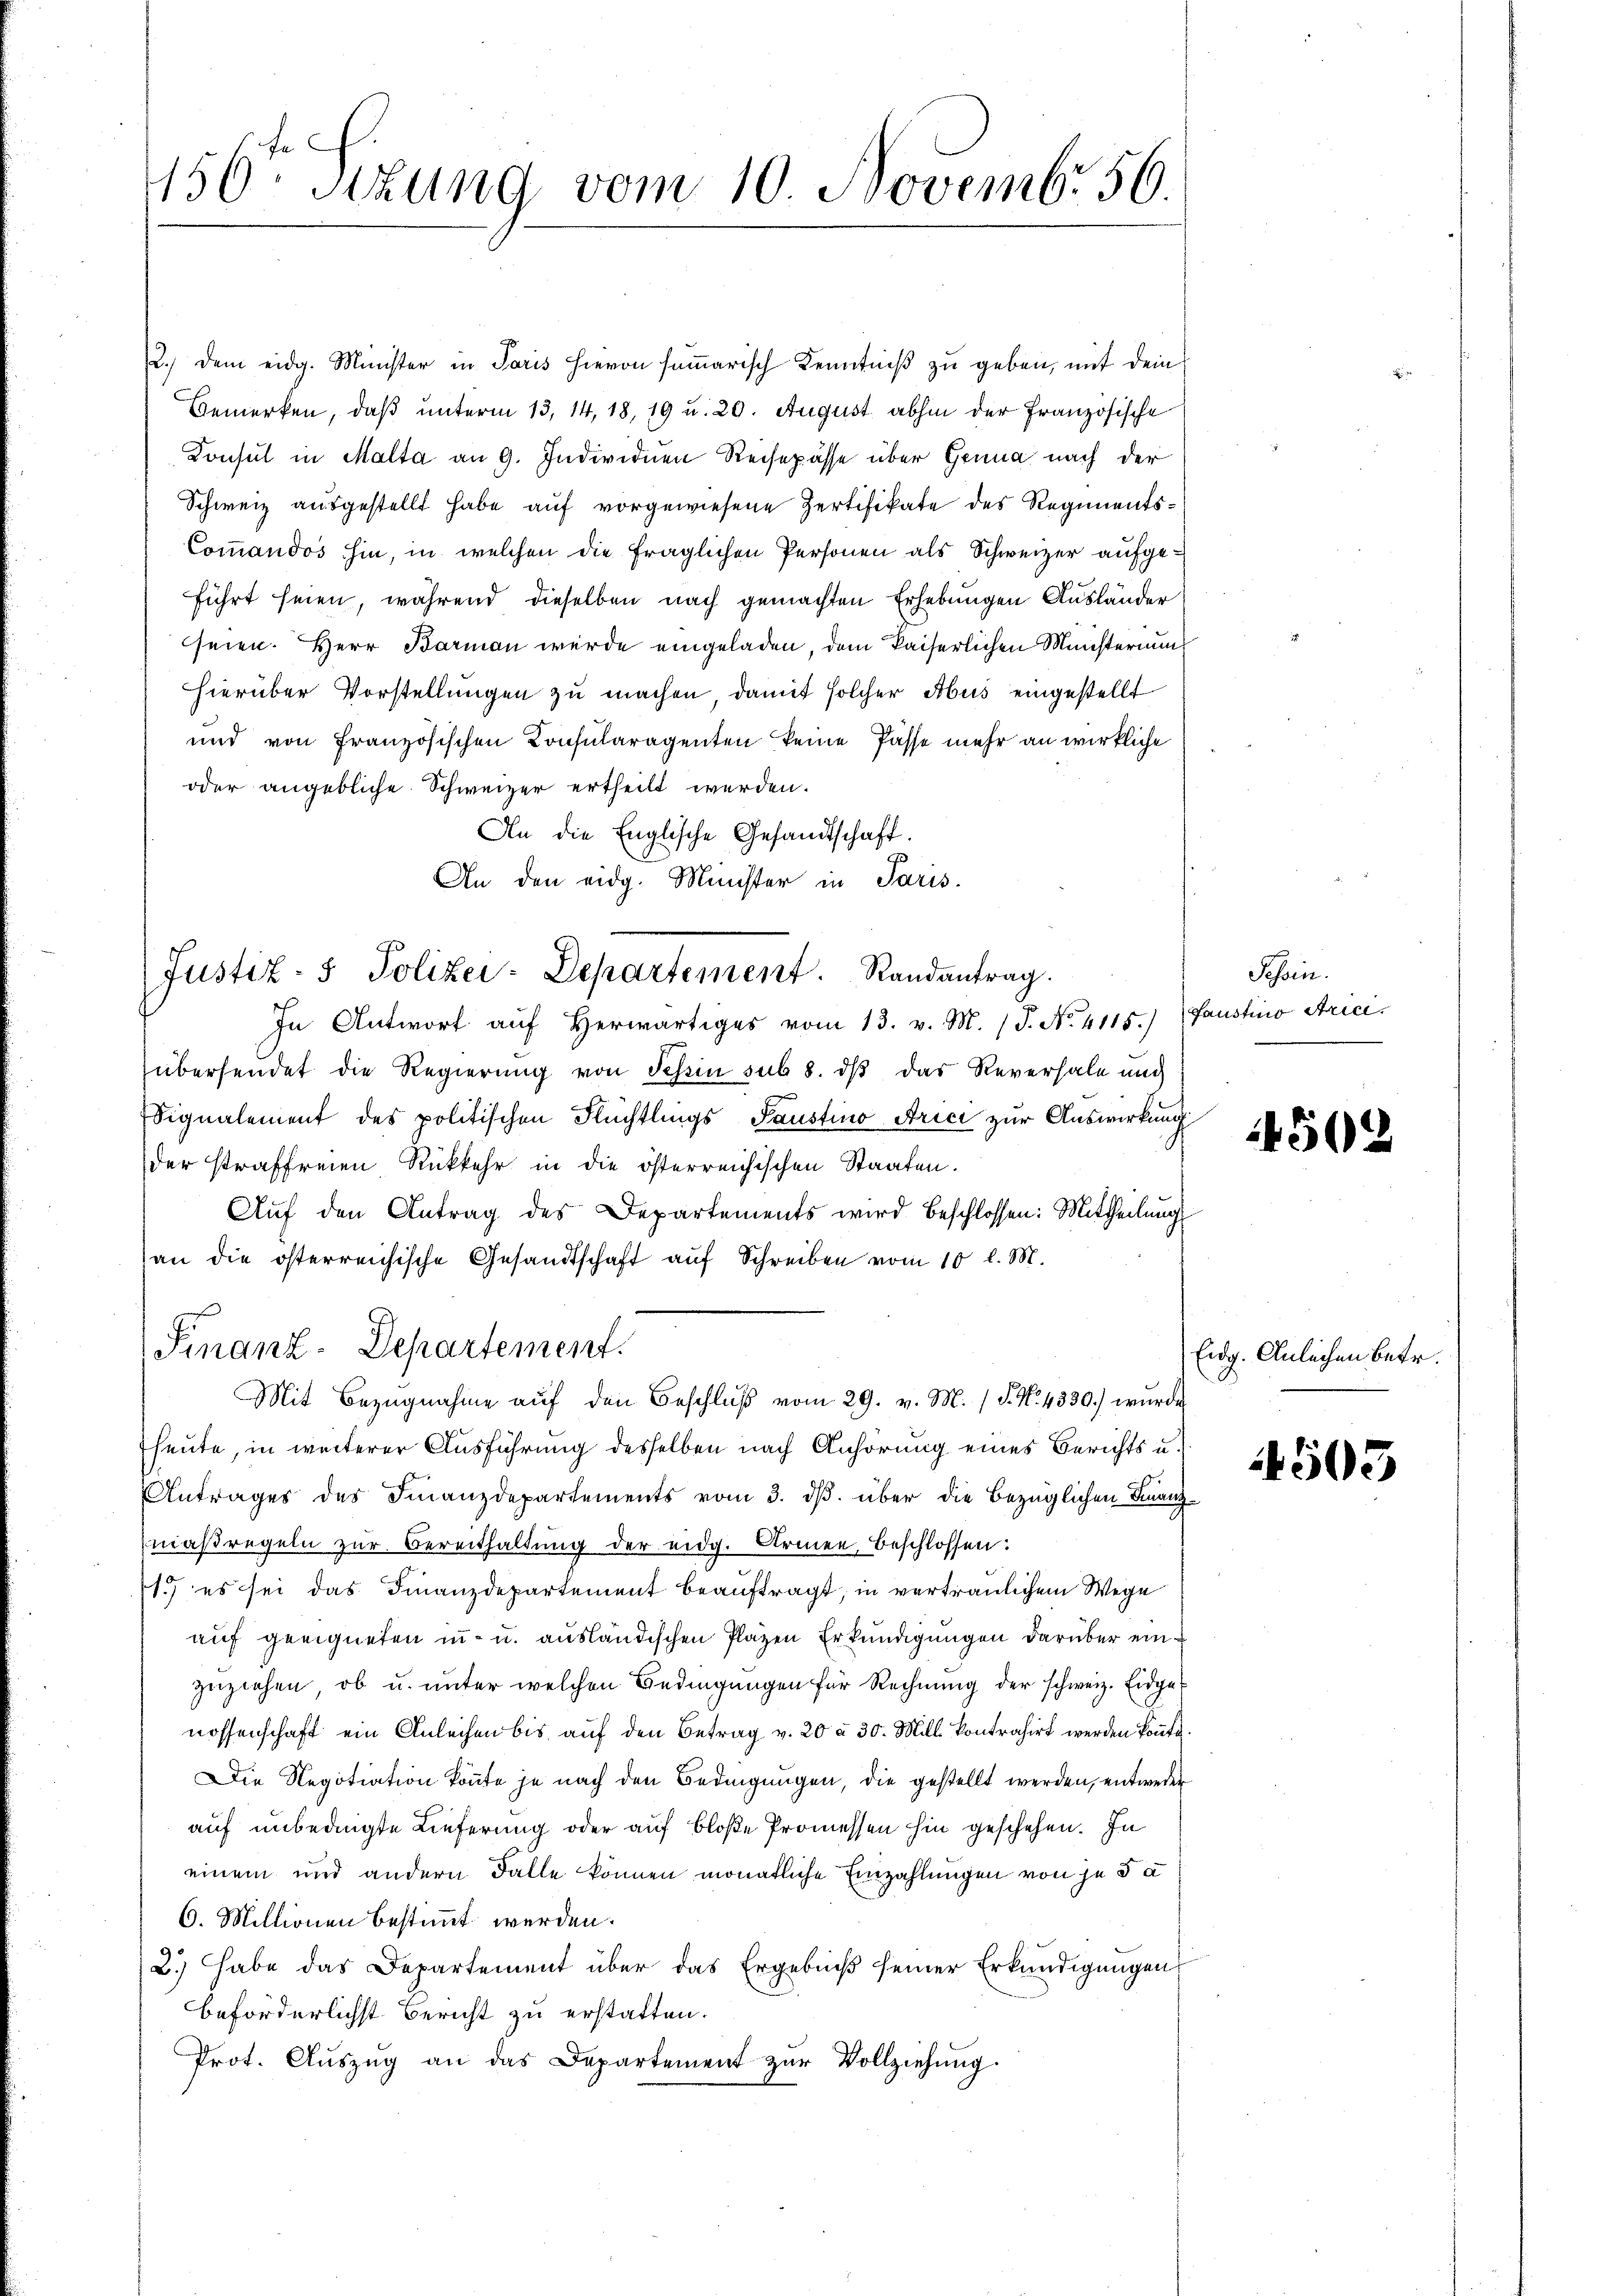
156ten Sitzung vom 10. Novemb. 56

2.) Dem eidg. Minister in Paris hievon sammarisch Kenntniß zu geben, mit dein
Bemerken, daß unterm 13. 14, 18, 19 u. 20. August abhin der Französische
Konsul in Malta an 9. Individuen Reisepässe über Genua nach der
Schweiz ausgestellt habe auf vorgewiesene Zertifikate des Regiments¬
Commandos hin, in welchen die fraglichen Personen als Schweizer aufgeführt seien, während dieselben nach gemachten Erhebungen Ausländer
seien. Herr Barmann wurde eingeladen, dem kaiserlichen Münsternung
hierüber Vorstellungen zu machen, damit solcher Abus eingestellt
und von Französischen Consularagenten keine Pässe mehr an wirkliche
oder angebliche Schweizer ertheilt werden.
An die Englische Gesandtschaft.
An den eidg. Minister in Paris.
In Antwort aŭf herwärtiges vom 13. v. M. (T. No. 4115.)
übersendet die Regierung von Schein sub 8. dβ das Reversale und
Signalement des politischen Flüchtlings Faustino Arici zur Auswirkung
der straffreien Rückkehr in die österreichischen Staaten.
Aŭf den Antrag des Departements wird beschlossen: Mittheilung
an die österreichische Gesandtschaft aŭf Schreiben vom 10 l. M.
Finanz-Departement.
Mit Bezugnahme auf den Beschluß vom 29. v. M. (§. No. 4330.) wurde
heute, in weiterer Ausführung desselben nach Anhörung eines Berichts u.
Antrages des Finanzdepartements vom 3. dβ über die bezüglichen Finanzmaßregeln zŭr Bereithaltŭng der eidg. Armen, beschlossen:
1.) es sei das Finanzdepartement beauftragt, in vertraulichem Wege
auf geeigneten in- u. ausländischen Plazen Erkundigungen darüber einzuziehen, ob u. unter welchen Bedingungen für Rechnung der schweiz. Eidgenossenschaft ein Anleihen bis auf den Betrag v. 20 à 30. Mill. kontrahirt werden könnte
Die Regotiation könnte je nach den Bedingungen, die gestellt werden, entweder
auf unbedingte Lieferung oder auf bloße Promessen hin geschehen. In
einem und andern Falle können monatliche Einzahlungen von je 3 a
6. Mittionen bestimmt werden.
2.) Habe das Departement über das Ergebniß seiner Erkundigungen
beförderlichst Bericht zu erstatten.
Prot. Aŭszŭg an das Departement zur Vollziehung

Justiz- & Polizei-Departement. Randantrag.

Tessin.
faustino Art.

4502

Eidg. Ähnlichen betr.

4503